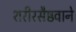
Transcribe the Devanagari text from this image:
शरीरसैष्ठवाने